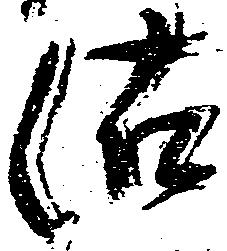
沽